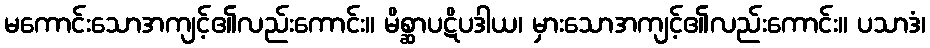
မကောင်းသောအကျင့်၏လည်းကောင်း။ မိစ္ဆာပဋိပဒါယ၊ မှားသောအကျင့်၏လည်းကောင်း။ ပသာဒံ၊